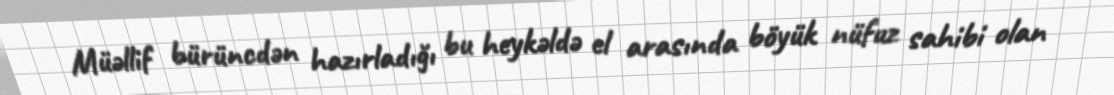
Müəllif bürüncdən hazırladığı bu heykəldə el arasında böyük nüfuz sahibi olan